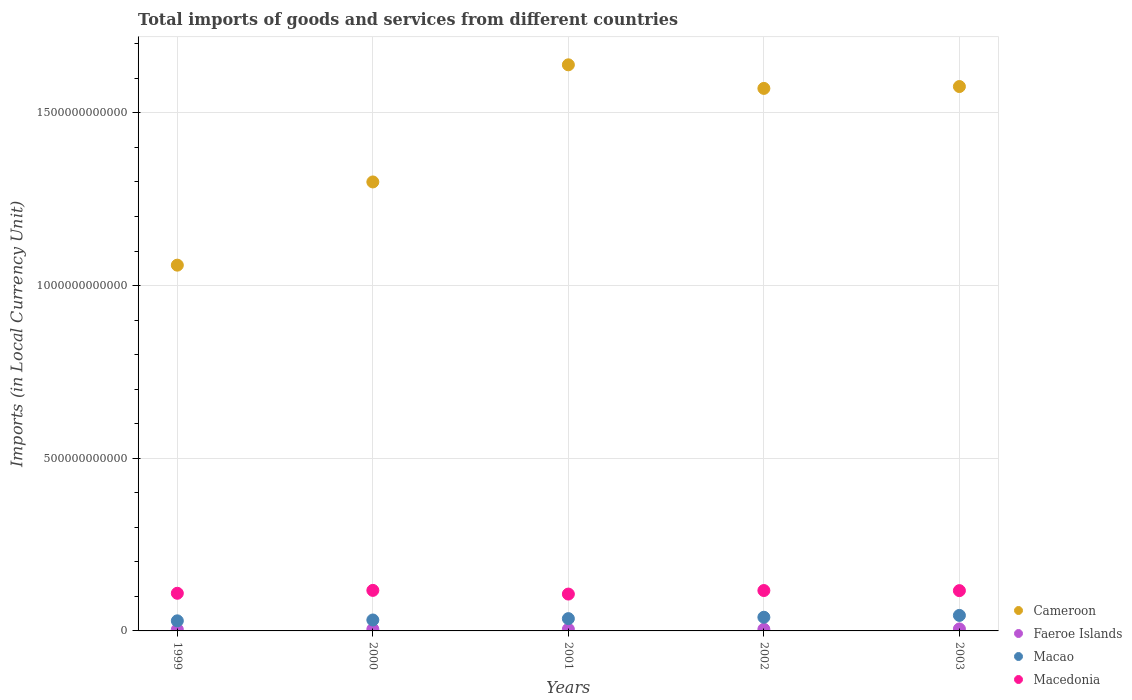
| Years | Cameroon | Faeroe Islands | Macao | Macedonia |
 | --- | --- | --- | --- | --- |
 | 1999 | 1.06e+12 | 3.9e+09 | 2.92e+10 | 1.09e+11 |
 | 2000 | 1.3e+12 | 4.94e+09 | 3.17e+10 | 1.17e+11 |
 | 2001 | 1.64e+12 | 4.86e+09 | 3.56e+10 | 1.07e+11 |
 | 2002 | 1.57e+12 | 4.82e+09 | 3.96e+10 | 1.17e+11 |
 | 2003 | 1.58e+12 | 5.73e+09 | 4.49e+10 | 1.17e+11 |